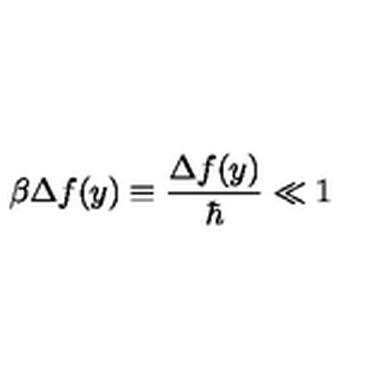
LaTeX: \beta \Delta f ( y ) \equiv \frac { \Delta f ( y ) } { \hbar } \ll 1